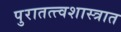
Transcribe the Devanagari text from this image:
पुरातत्त्वशास्त्रात